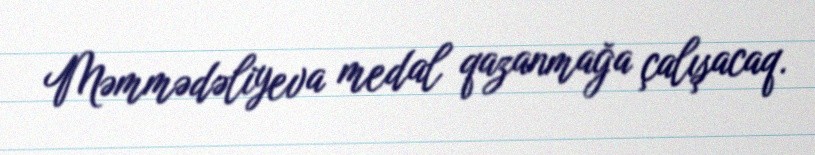
Məmmədəliyeva medal qazanmağa çalışacaq.